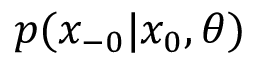
p ( x _ { - 0 } | x _ { 0 } , \theta )